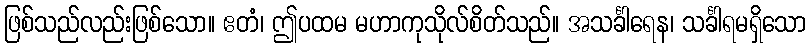
ဖြစ်သည်လည်းဖြစ်သော။ ဧတံ၊ ဤပထမ မဟာကုသိုလ်စိတ်သည်။ အသင်္ခါရေန၊ သင်္ခါရမရှိသော